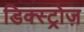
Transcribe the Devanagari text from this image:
डिक्स्ट्रोज़